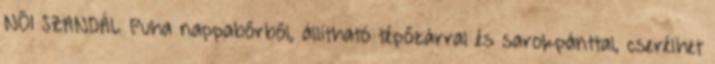
NŐI SZANDÁL Puha nappabőrből, állítható tépőzárral és sarokpánttal, cserélhet